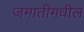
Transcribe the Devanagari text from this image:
जमातींमधील